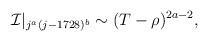
LaTeX: \begin{align*}{\cal I}|_{j^a (j-1728)^b} \sim (T-\rho)^{2a - 2},\end{align*}